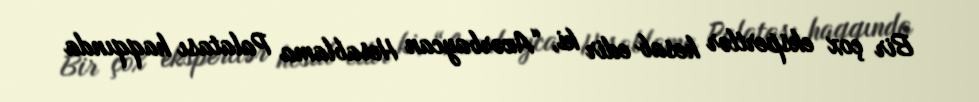
Bir çox ekspertlər hesab edir ki, “Azərbaycan Hesablama Palatası haqqında